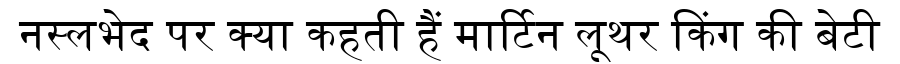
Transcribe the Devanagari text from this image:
नस्लभेद पर क्या कहती हैं मार्टिन लूथर किंग की बेटी